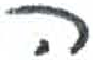
אות: ה